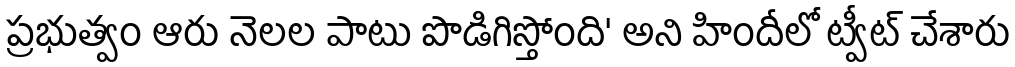
ప్రభుత్వం ఆరు నెలల పాటు పొడిగిస్తోంది' అని హిందీలో ట్వీట్ చేశారు